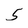
Character: 5